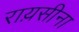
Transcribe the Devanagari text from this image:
राय़सीना